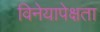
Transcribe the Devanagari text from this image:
विनेयापेक्षता